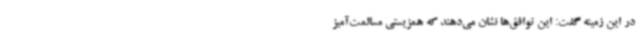
در این زمینه گفت: این توافق‌ها نشان می‌دهند که همزیستی مسالمت‌آمیز